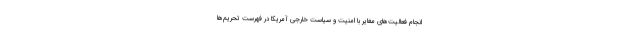
انجام فعالیت‌های مغایر با امنیت و سیاست خارجی آمریکا در فهرست تحریم‌ها